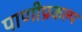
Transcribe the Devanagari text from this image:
पाणीप्रकल्प